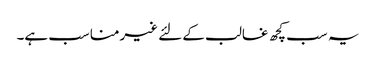
یہ سب کچھ غالب کے لئے غیرمناسب ہے۔